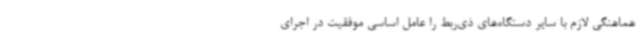
هماهنگی لازم با سایر دستگاه‌های ذی‌ربط را عامل اساسی موفقیت در اجرای